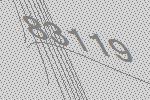
83119